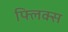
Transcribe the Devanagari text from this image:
फ्लिक्स